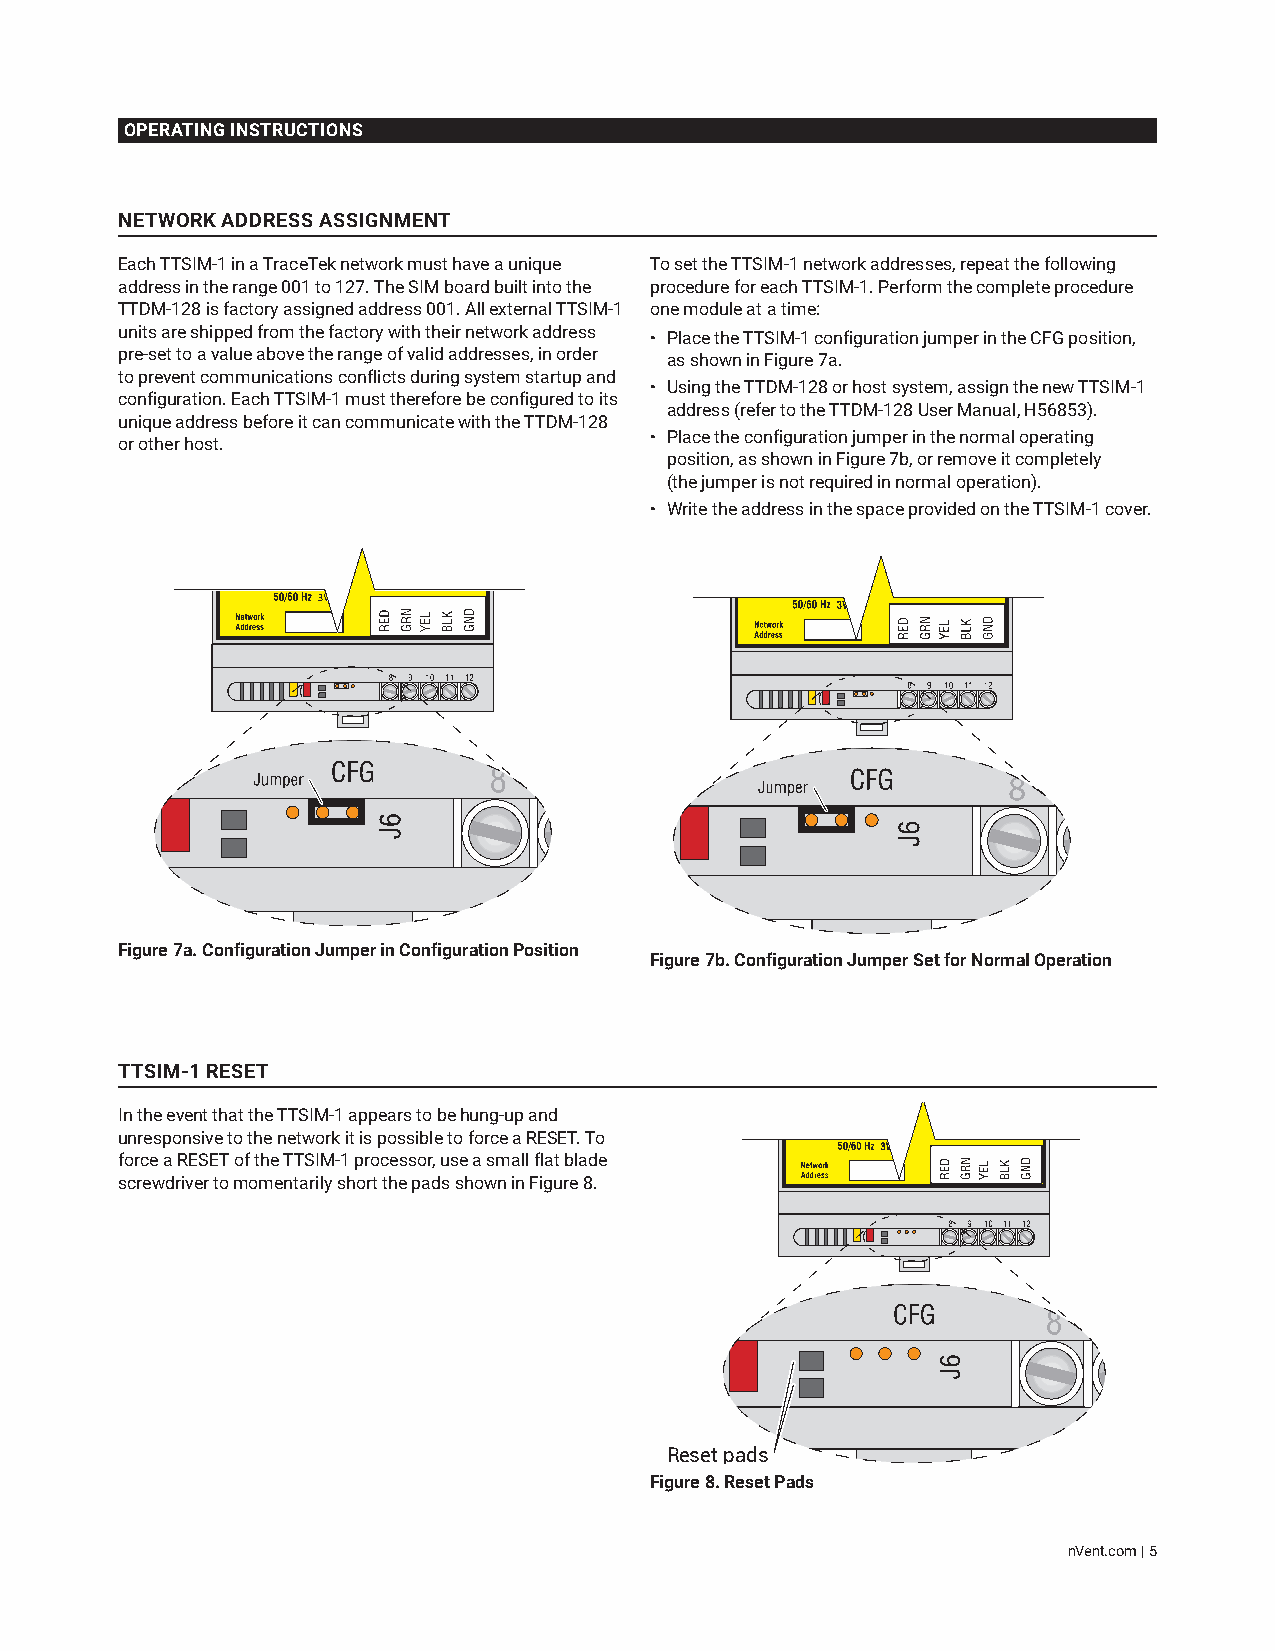
OPERATING INSTRUCTIONS
 NETWORK ADDRESS ASSIGNMENT
 Each TTSIM-1 in a TraceTek network must have a unique To set the TTSIM-1 network addresses, repeat the following
 address in the range 001 to 127. The SIM board built into the procedure for each TTSIM-1. Perform the complete procedure
 TTDM-128 is factory assigned address 001. All external TTSIM-1 one module at a time:
 units are shipped from the factory with their network address • Place the TTSIM-1 configuration jumper in the CFG position,
 pre-set to a value above the range of valid addresses, in order as shown in Figure 7a.
 to prevent communications conflicts during system startup and
 • Using the TTDM-128 or host system, assign the new TTSIM-1
 configuration. Each TTSIM-1 must therefore be configured to its
 address (refer to the TTDM-128 User Manual, H56853).
 unique address before it can communicate with the TTDM-128
 • Place the configuration jumper in the normal operating
 or other host.
 position, as shown in Figure 7b, or remove it completely
 (the jumper is not required in normal operation).
 • Write the address in the space provided on the TTSIM-1 cover.
 Figure 7a. Configuration Jumper in Configuration Position
 Figure 7b. Configuration Jumper Set for Normal Operation
 TTSIM-1 RESET
 In the event that the TTSIM-1 appears to be hung-up and
 unresponsive to the network it is possible to force a RESET. To
 force a RESET of the TTSIM-1 processor, use a small flat blade
 screwdriver to momentarily short the pads shown in Figure 8.
 Reset pads
 Figure 8. Reset Pads
 nVent.com | 5